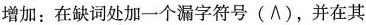
增加:在缺词处加一个漏字符号(∧),并在其